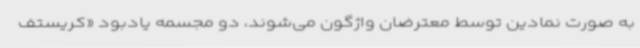
به صورت نمادین توسط معترضان واژگون می‌شوند، دو مجسمه یادبود «کریستف